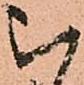
被